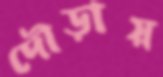
দৌড়ায়